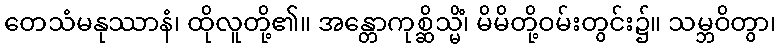
တေသံမနုဿာနံ၊ ထိုလူတို့၏။ အန္တောကုစ္ဆိသ္မိံ၊ မိမိတို့ဝမ်းတွင်း၌။ သမ္ဘဝိတွာ၊